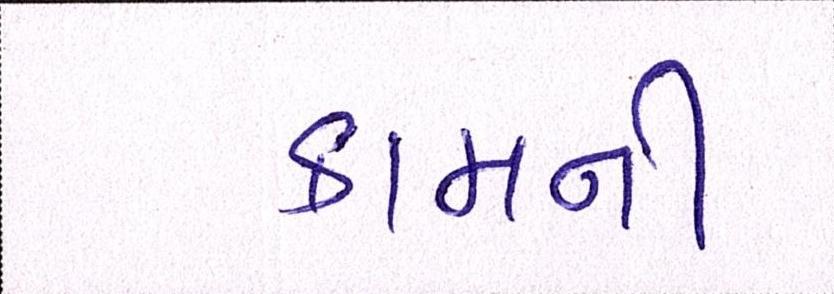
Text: કામની